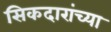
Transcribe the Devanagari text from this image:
सिकदारांच्या